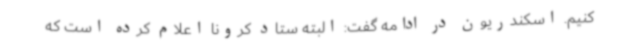
کنیم. اسکندریون در ادامه گفت: البته ستاد کرونا اعلام کرده است که